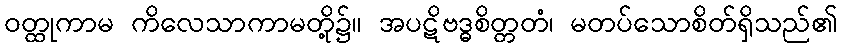
ဝတ္ထုကာမ ကိလေသာကာမတို့၌။ အပဋိဗဒ္ဓစိတ္တတံ၊ မတပ်သောစိတ်ရှိသည်၏